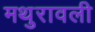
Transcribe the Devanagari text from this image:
मथुरावली